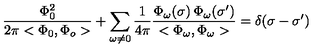
\frac { \Phi _ { 0 } ^ { 2 } } { 2 \pi < \Phi _ { 0 } , \Phi _ { o } > } + \sum _ { \omega \neq 0 } \frac { 1 } { 4 \pi } \frac { \Phi _ { \omega } ( \sigma ) \: \Phi _ { \omega } ( \sigma ^ { \prime } ) } { < \Phi _ { \omega } , \Phi _ { \omega } > } = \delta ( \sigma - { \sigma ^ { \prime } } )